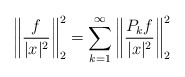
\begin{align*}\bigg\| \frac{f}{|x|^2}\bigg\|_2^2 = \sum_{k = 1}^\infty \bigg\| \frac{P_k f}{|x|^2} \bigg\|_{2}^2\end{align*}